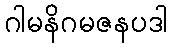
ဂါမနိဂမဇနပဒါ